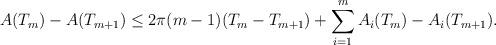
LaTeX: \begin{align*} A(T_m) - A(T_{m+1}) \leq 2\pi (m-1)(T_m - T_{m+1}) + \sum\limits_{i=1}^m A_i(T_m) - A_i(T_{m+1}).\end{align*}